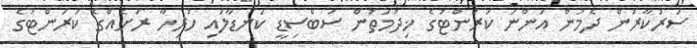
ސަރުކާރުން ދެމުން އަންނަ ކަރަންޓުގެ ޚިދުމަތުން ސަބްސިޑީ ކަނޑާލައި ހުރިހާ ރަށެއްގެ ކަރަންޓުގެ